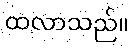
ထလာသည်။